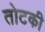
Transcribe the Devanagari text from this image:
तोटकी